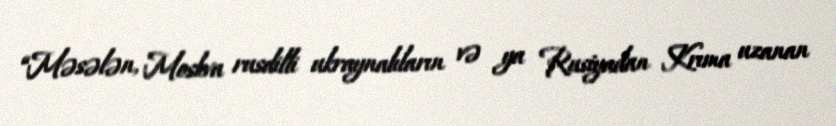
“Məsələn, Moskva rusdilli ukraynalıların və ya Rusiyadan Krıma uzanan